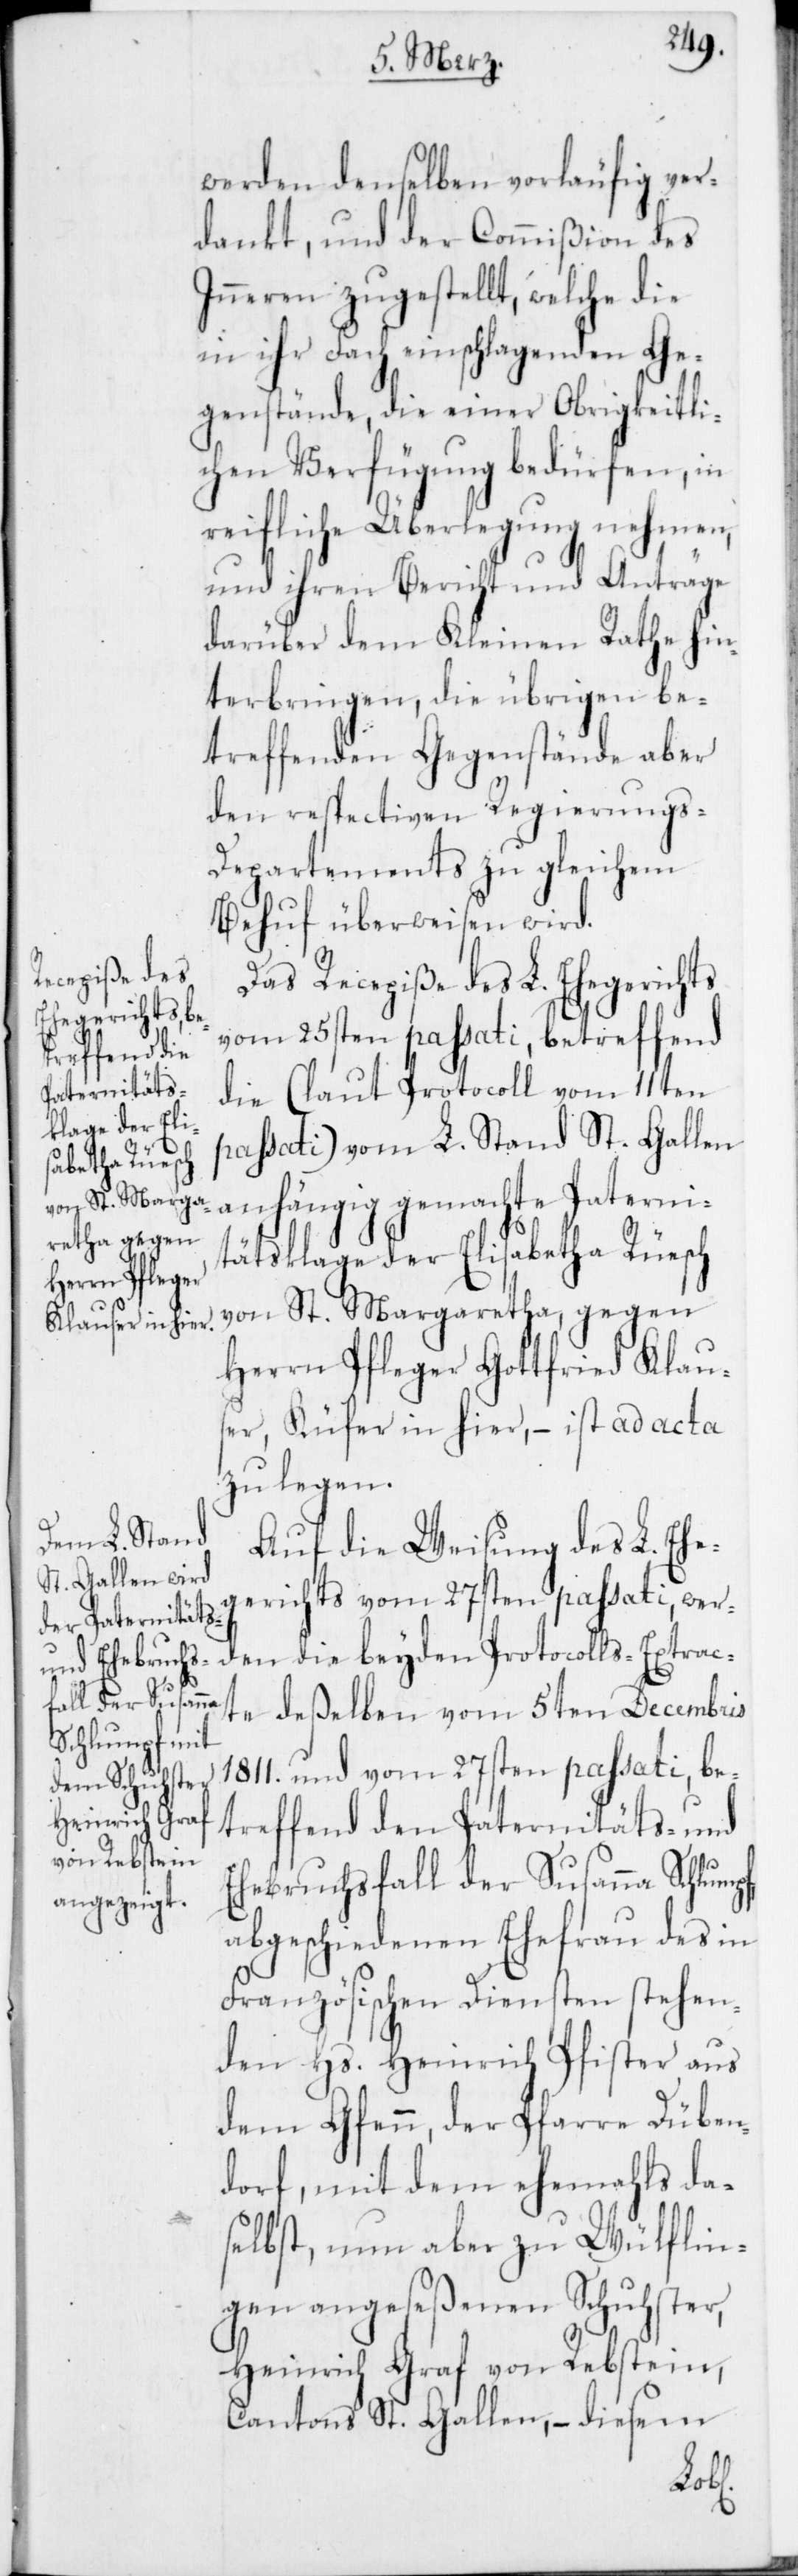
werden denselben vorläufig ver¬
dankt, und der Commißion des
Inneren zugestellt, welche die
in ihr Fach einschlagenden Ge¬
genstände, die einer Obrigkeitli¬
chen Verfügung bedürfen, in
reifliche Überlegung nehmen,
und ihren Bericht und Anträge
darüber dem Kleinen Rathe hin¬
terbringen, die übrigen be¬
treffenden Gegenstände aber
den respectiven Regierungs-D¬
epartements zu gleichem
Behuf überweisen wird.
Das Recepiße des L. Ehegerichts
vom 25sten passati, betreffend
die (laut Protocoll vom 11ten
passati) vom L. Stand St. Gallen
anhängig gemachte Paterni¬
tätsklage der Elisabetha Rüesch
von St. Margretha, gegen
Herrn Pfleger Gottfried Klau¬
ser, Küfer in hier, – ist ad acta
zu legen.
Auf die Weisung des L. Ehe¬
gerichts vom 27sten passati, wer¬
den die beyden Protocolls-Extrac¬
te deßelben vom 5ten Decembris
1811. und vom 27sten passati, be¬
treffend den Paternitäts- und
Ehebruchsfall der Susanna Schlu¬
abgeschiedenen Ehefrau des in
Französischen Diensten stehen¬
den Hs. Heinrich Pfister aus
dem Gfenn, der Pfarre Düben¬
dorf, mit dem ehemahls da¬
selbst, nun aber zu Wülflin¬
gen angeseßenen Schuster,
Heinrich Graf von Rebstein,
Cantons St. Gallen, – diesem
mpf,